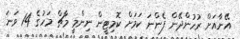
އޭނާއަށް ރުހުންދޭން ފެންނަ ކަމަށް ކޮމިޓީން ނިންމީ މާޗް މަހުގެ 14 ވަނަ